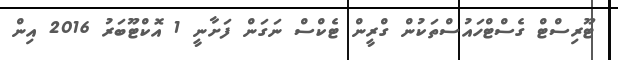
ޓޫރިސްޓް ގެސްޓްހައުސްތަކުން ގްރީން ޓެކްސް ނަގަން ފަށާނީ 1 އޮކްޓޫބަރު 2016 އިން